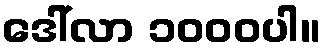
ဒေါ်လာ ၁၀၀၀ပါ။